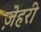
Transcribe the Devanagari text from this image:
ज़ेहरी